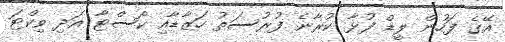
އޭގެ ފަހުން ލީޑް ފުޅާ ކުރާނެ ފުރުސަތު ހަޒާޑާއި ކޯސްޓާ އަދި ވިކްޓަ